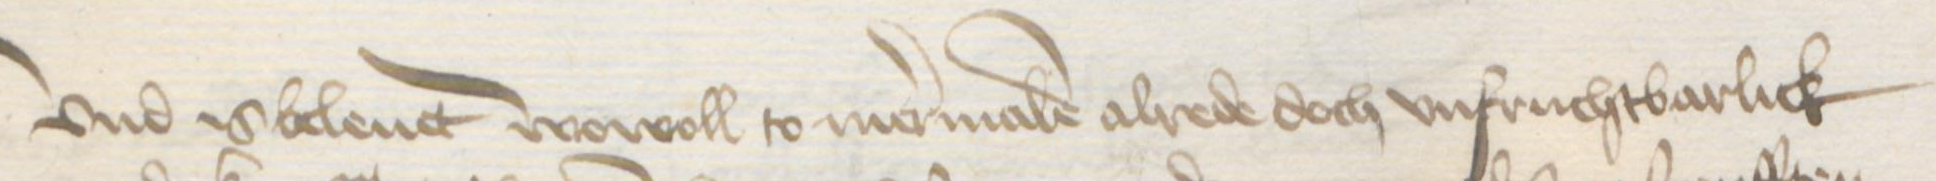
Vnd is beleut wowoll to mermalen alrede doch unfruchtbarlick